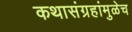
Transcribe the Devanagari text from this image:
कथासंग्रहांमुळेच